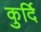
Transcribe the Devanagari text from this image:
कुर्दि